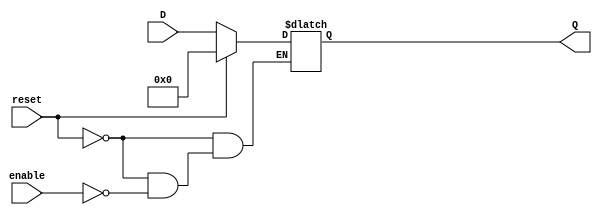
module latch_register #(
    parameter N = 8 // Number of bits in the latch register
)(
    input wire [N-1:0] D,         // Data input
    input wire enable,             // Control signal
    input wire reset,              // Asynchronous reset
    output reg [N-1:0] Q           // Data output
);

    // Latch behavior
    always @* begin
        if (reset) begin
            Q = {N{1'b0}}; // Initialize all bits to 0 on reset
        end else if (enable) begin
            Q = D; // Latch the input when enable is high
        end
        // If enable is low, Q retains its previous value
    end

endmodule